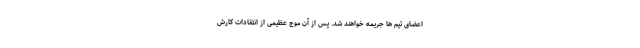
اعضای تیم ها جریمه خواهند شد. پس از آن موج عظیمی از انتقادات کارش